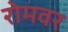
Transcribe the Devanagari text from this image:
रोमवर